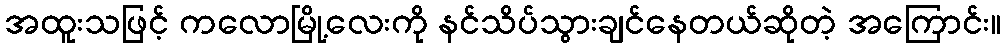
အထူးသဖြင့် ကလောမြို့လေးကို နင်သိပ်သွားချင်နေတယ်ဆိုတဲ့ အကြောင်း။